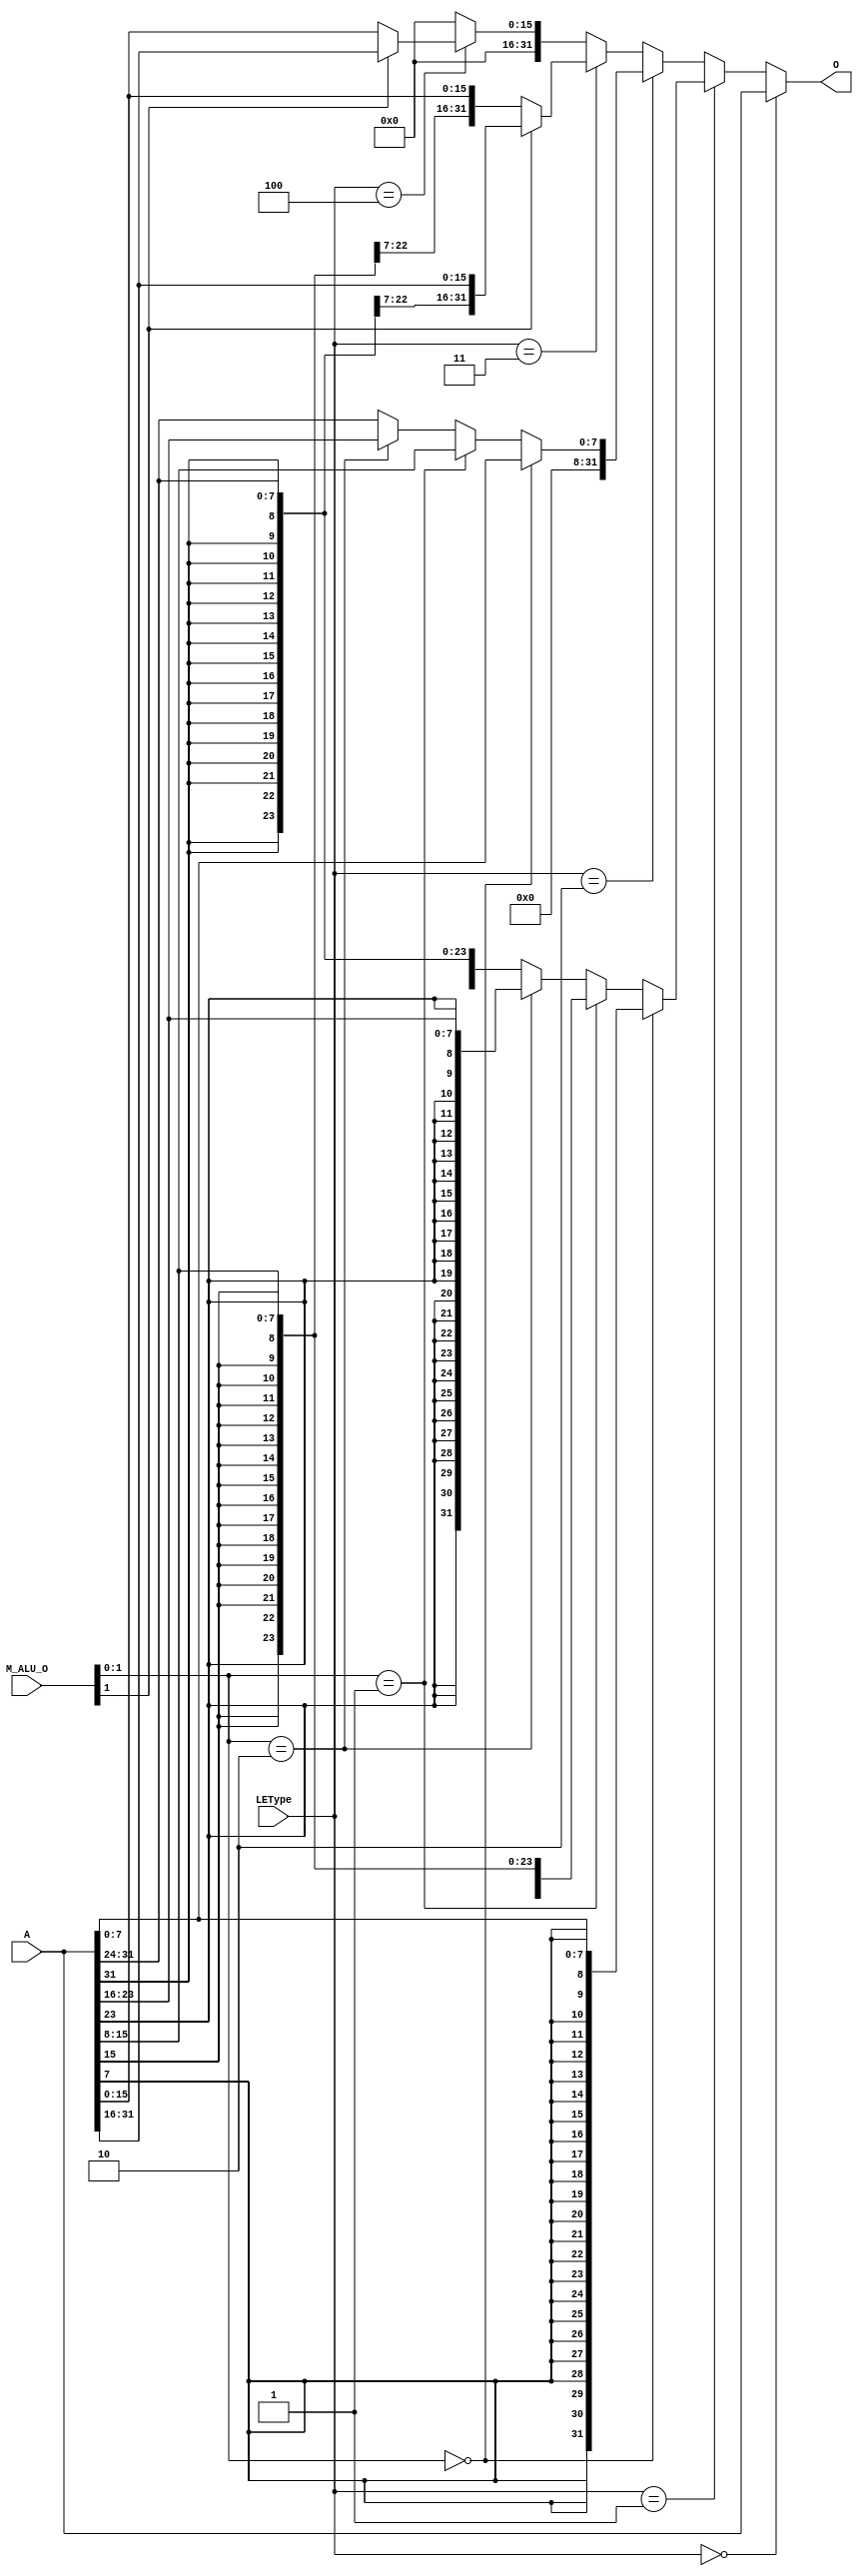
`timescale 1ns / 1ps
//////////////////////////////////////////////////////////////////////////////////
// Company: 
// Engineer: 
// 
// Design Name: 
// Module Name:    LE 
// Project Name: 
// Target Devices: 
// Tool versions: 
// Description: 
//
// Dependencies: 
//
// Revision: 
// Revision 0.01 - File Created
// Additional Comments: 
//
//////////////////////////////////////////////////////////////////////////////////
`define LW   4'b0000
`define LB   4'b0001
`define LBU  4'b0010
`define LH   4'b0011
`define LHU  4'b0100
module LE(
    input [31:0] A,
    input [31:0] M_ALU_O,
    input [3:0] LEType,
    output reg [31:0] O
    );
	 initial begin
		O = 32'h00000000;
	 end
	 always@(*) begin
		if (LEType == `LW) begin
			O = A;
		end
		else if (LEType == `LB) begin
			if (M_ALU_O[1:0] == 2'b00) begin
				O = {{24{A[7]}}, A[7:0]};
			end
			else if (M_ALU_O[1:0] == 2'b01) begin
				O = {{24{A[15]}}, A[15:8]};
			end
			else if (M_ALU_O[1:0] == 2'b10) begin
				O = {{24{A[23]}}, A[23:16]};
			end
			else begin
				O = {{24{A[31]}}, A[31:24]};
			end
		end
		else if (LEType == `LBU) begin
			if (M_ALU_O[1:0] == 2'b00) begin
				O = {24'h000000, A[7:0]};
			end
			else if (M_ALU_O[1:0] == 2'b01) begin
				O = {24'h000000, A[15:8]};
			end
			else if (M_ALU_O[1:0] == 2'b10) begin
				O = {24'h000000, A[23:16]};
			end
			else begin
				O = {24'h000000, A[31:24]};
			end
		end
		else if (LEType == `LH) begin
			if (M_ALU_O[1] == 1'b0) begin
				O = {{16{A[15]}}, A[15:0]};
			end
			else begin
				O = {{16{A[31]}}, A[31:16]};
			end
		end
		else if (LEType == `LHU) begin
			if (M_ALU_O[1] == 1'b0) begin
				O = {16'h0000, A[15:0]};
			end
			else begin
				O = {16'h0000, A[31:16]};
			end
		end
		else begin
			O = 32'h00000000;
		end
	 end


endmodule